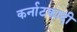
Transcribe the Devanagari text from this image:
कर्नाटकादी